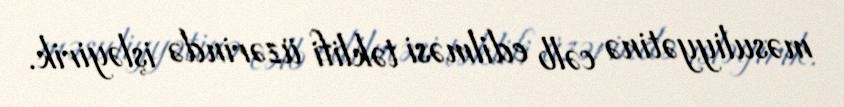
məsuliyyətinə cəlb edilməsi təklifi üzərində işləyirik.